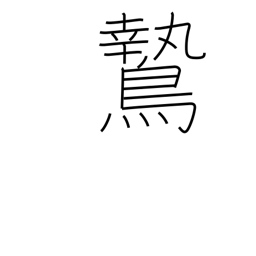
Meaning: daring